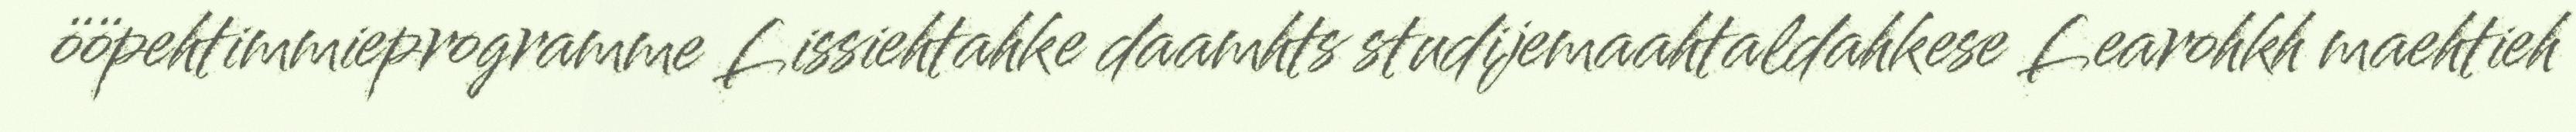
ööpehtimmieprogramme Lissiehtahke daamhts studijemaahtaldahkese Learohkh maehtieh